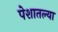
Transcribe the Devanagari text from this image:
पेशातल्या